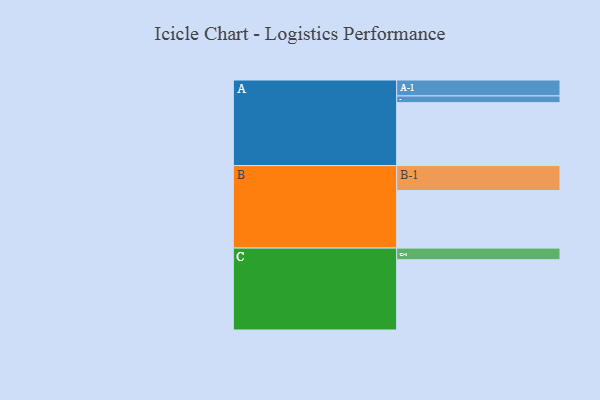
{"axis": {"x": "Segment", "y": "Value"}, "legend": ["", "A", "B", "C"], "data": [{"x": "A", "y": 513, "type": ""}, {"x": "B", "y": 469, "type": ""}, {"x": "C", "y": 573, "type": ""}, {"x": "A-1", "y": 130, "type": "A"}, {"x": "A-2", "y": 55, "type": "A"}, {"x": "B-1", "y": 204, "type": "B"}, {"x": "C-1", "y": 95, "type": "C"}]}